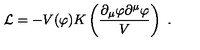
{ \cal L } = - V ( \varphi ) K \left( { \frac { \partial _ { \mu } \varphi \partial ^ { \mu } \varphi } { V } } \right) \ .